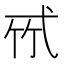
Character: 𢎉